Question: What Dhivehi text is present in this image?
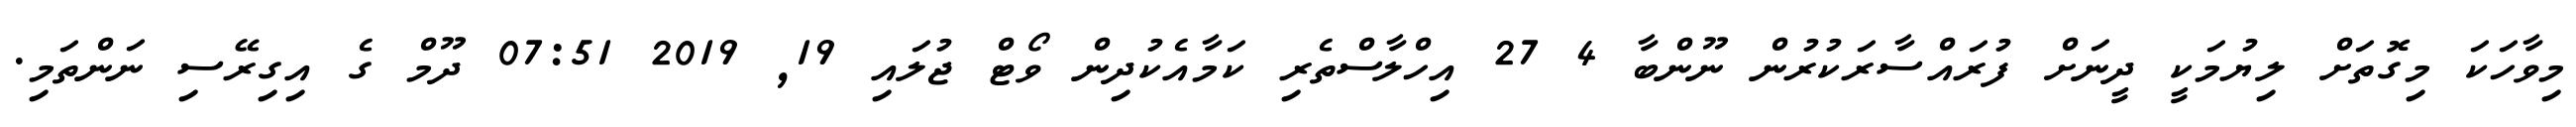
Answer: މިވާހަކަ މިގޮތަށް ލިޔުމަކީ ދީނަށް ފުރައްސާރަކުރުން ނޫންބާ 4 27 އިހްލާސްތެރި ކަމާއެކުދިން ވޯޓް ޖުލައި 19, 2019 07:51 ދޫމް ގެ އިގިރޭސި ނަންތަމި.